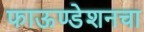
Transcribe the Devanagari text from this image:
फाऊण्डेशनचा